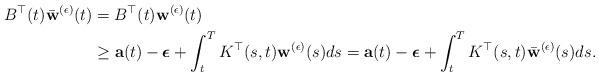
LaTeX: \begin{align*}B^{\top}(t)\bar{\bf w}^{(\epsilon)}(t)& =B^{\top}(t){\bf w}^{(\epsilon)}(t)\\& \geq {\bf a}(t)-\mbox{\boldmath $\epsilon$}+\int_{t}^{T} K^{\top}(s,t){\bf w}^{(\epsilon)}(s)ds={\bf a}(t)-\mbox{\boldmath $\epsilon$}+\int_{t}^{T} K^{\top}(s,t)\bar{\bf w}^{(\epsilon)}(s)ds.\end{align*}